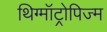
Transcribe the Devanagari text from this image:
थिग्मॉट्रोपिज्म